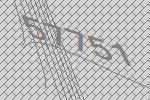
57751